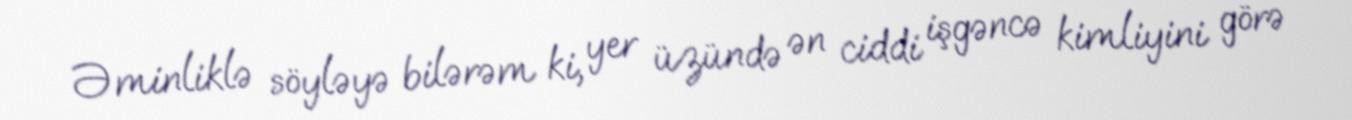
Əminliklə söyləyə bilərəm ki, yer üzündə ən ciddi işgəncə kimliyini görə